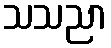
သသညာ